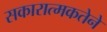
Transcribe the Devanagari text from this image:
सकारात्मकतेने